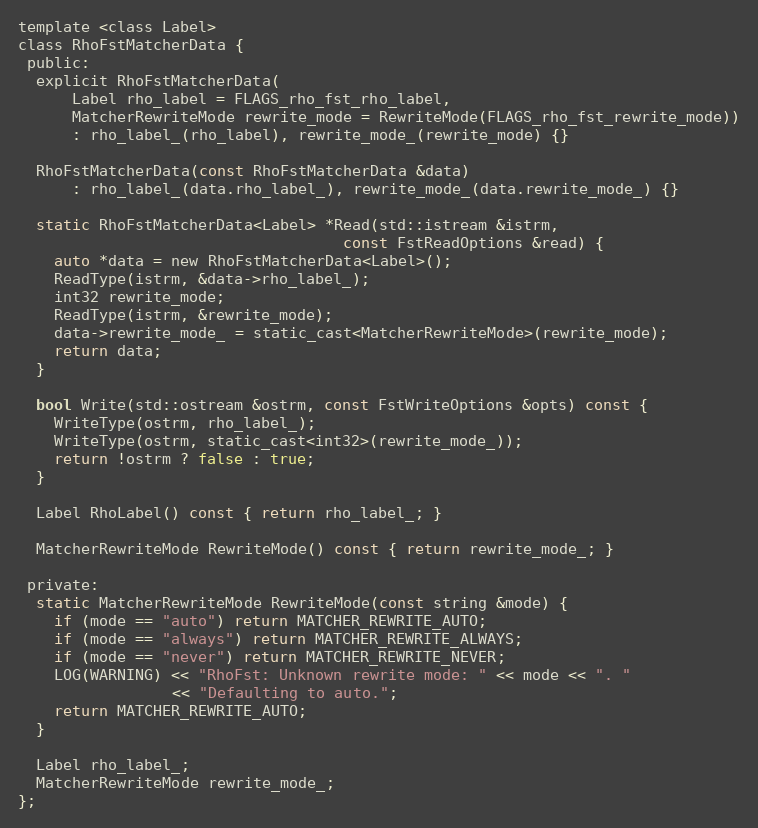
Language: C
template <class Label>
class RhoFstMatcherData {
 public:
  explicit RhoFstMatcherData(
      Label rho_label = FLAGS_rho_fst_rho_label,
      MatcherRewriteMode rewrite_mode = RewriteMode(FLAGS_rho_fst_rewrite_mode))
      : rho_label_(rho_label), rewrite_mode_(rewrite_mode) {}

  RhoFstMatcherData(const RhoFstMatcherData &data)
      : rho_label_(data.rho_label_), rewrite_mode_(data.rewrite_mode_) {}

  static RhoFstMatcherData<Label> *Read(std::istream &istrm,
                                    const FstReadOptions &read) {
    auto *data = new RhoFstMatcherData<Label>();
    ReadType(istrm, &data->rho_label_);
    int32 rewrite_mode;
    ReadType(istrm, &rewrite_mode);
    data->rewrite_mode_ = static_cast<MatcherRewriteMode>(rewrite_mode);
    return data;
  }

  bool Write(std::ostream &ostrm, const FstWriteOptions &opts) const {
    WriteType(ostrm, rho_label_);
    WriteType(ostrm, static_cast<int32>(rewrite_mode_));
    return !ostrm ? false : true;
  }

  Label RhoLabel() const { return rho_label_; }

  MatcherRewriteMode RewriteMode() const { return rewrite_mode_; }

 private:
  static MatcherRewriteMode RewriteMode(const string &mode) {
    if (mode == "auto") return MATCHER_REWRITE_AUTO;
    if (mode == "always") return MATCHER_REWRITE_ALWAYS;
    if (mode == "never") return MATCHER_REWRITE_NEVER;
    LOG(WARNING) << "RhoFst: Unknown rewrite mode: " << mode << ". "
                 << "Defaulting to auto.";
    return MATCHER_REWRITE_AUTO;
  }

  Label rho_label_;
  MatcherRewriteMode rewrite_mode_;
};